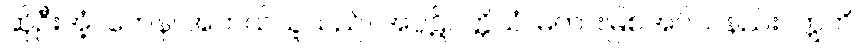
ဆိုဦးအံ့။ ကေန၊ အဘယ်သူသည်။ အပ္ပဋိဝတ္တိယံ၊ မတားမြစ်အပ်သနည်း။ ဣတိ